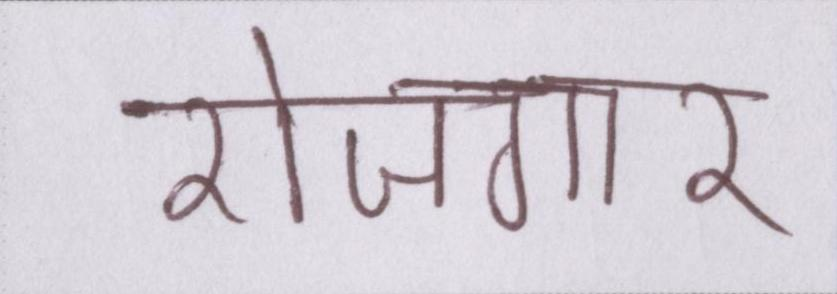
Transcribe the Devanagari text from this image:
रोजगार